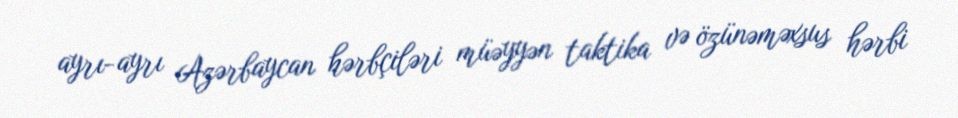
ayrı-ayrı Azərbaycan hərbçiləri müəyyən taktika və özünəməxsus hərbi